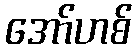
အော်ဟစ်